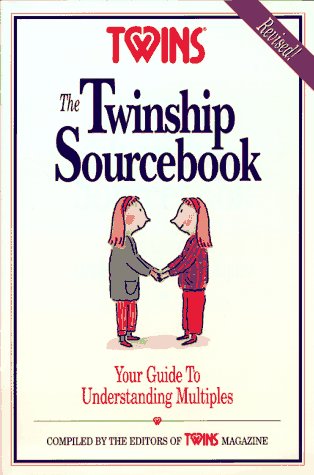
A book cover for The Twinship Sourcebook: Your Guide to Understanding Multiples; Editors of Twins Magazine; Parenting & Relationships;